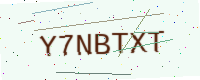
Text: Y7NBTXT